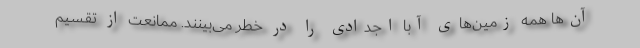
آن‌ها همه زمین‌های آبا اجدادی را در خطر می‌بینند. ممانعت از تقسیم